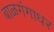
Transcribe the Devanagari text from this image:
बाळगंगाधर